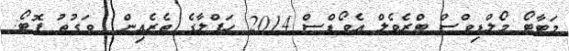
މަޓާޓޯ މޯލްޑިވްސް ޓްރެވެލް އެވޯޑްސް 2014 ހަފްލާގެ ތެރެއިން  ވަގުތު ފޮޓޯ: